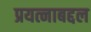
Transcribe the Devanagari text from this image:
प्रयत्नाबद्दल